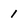
Character: 1